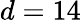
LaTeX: d=14